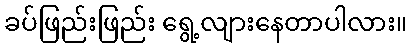
ခပ်ဖြည်းဖြည်း ရွေ့လျားနေတာပါလား။